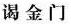
谒金门